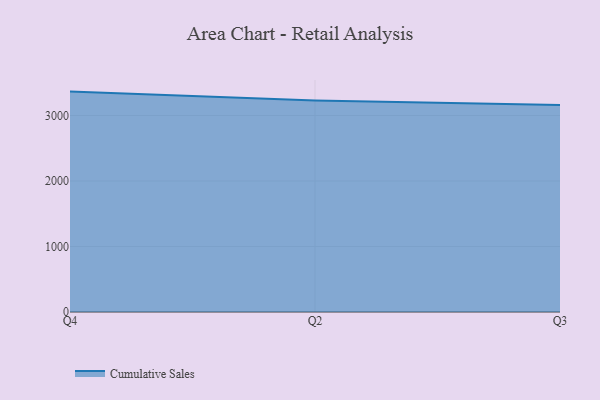
{"axis": {"x": "Quarter", "y": "Operating Costs (USD K)"}, "legend": ["Cumulative Sales"], "data": [{"x": "Q4", "y": 3364.9, "type": "Cumulative Sales"}, {"x": "Q2", "y": 3230.2, "type": "Cumulative Sales"}, {"x": "Q3", "y": 3160.6, "type": "Cumulative Sales"}]}